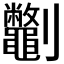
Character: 𫦣